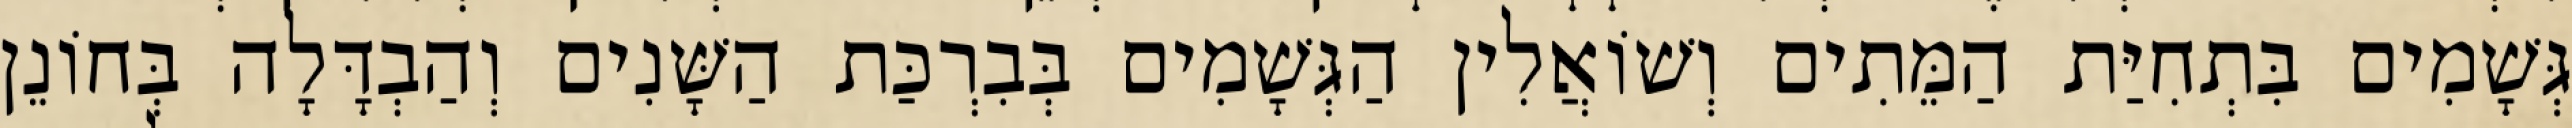
גְּשָׁמִים בִּתְחִיַּת הַמֵּתִים וְשׁוֹאֲלִין הַגְּשָׁמִים בְּבִרְכַּת הַשָּׁנִים וְהַבְדָּלָה בְּחוֹנֵן